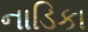
નાડિકા